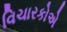
વિચારકોએ